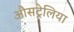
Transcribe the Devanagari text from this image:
औसट्रेलिया